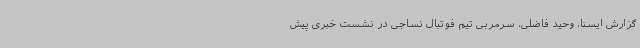
گزارش ایسنا، وحید فاضلی، سرمربی تیم فوتبال نساجی در نشست خبری پیش